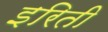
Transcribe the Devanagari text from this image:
इरिती